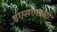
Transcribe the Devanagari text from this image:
ईएसएसओ